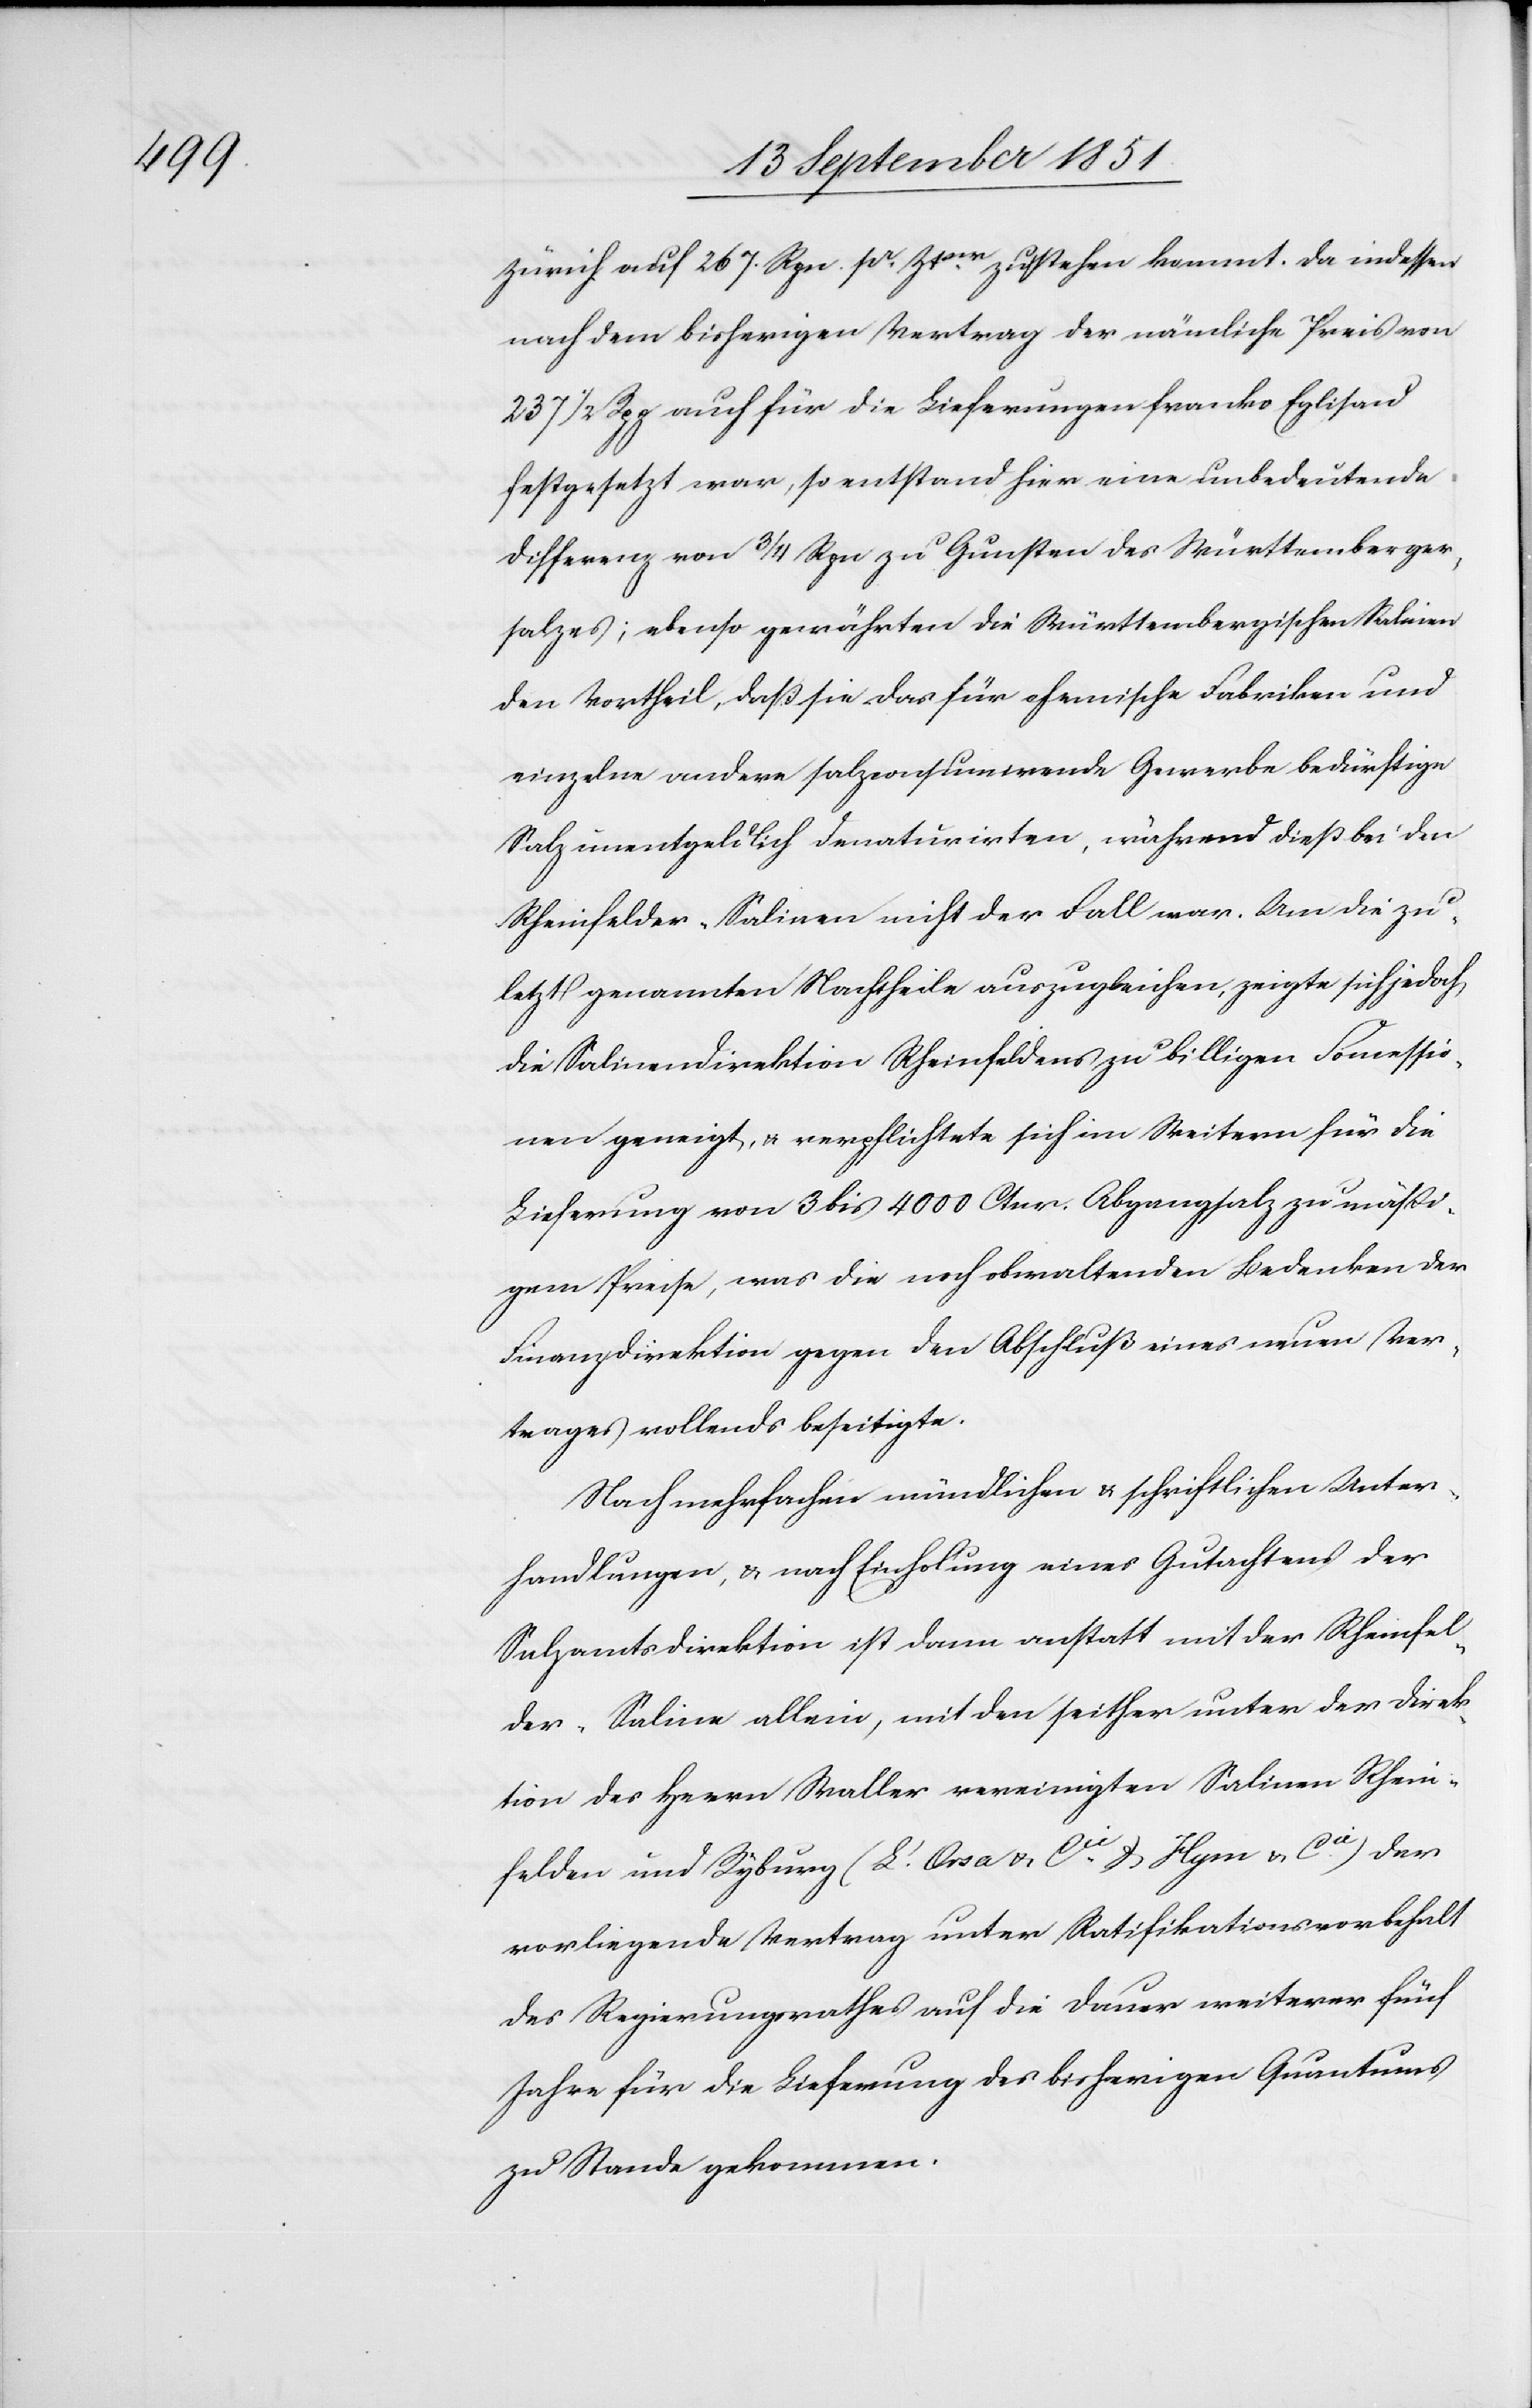
Zürich auf 267. Rpn. pr. Ztnr. zu stehen kommt. Da indessen
nach dem bisherigen Vertrag der nämliche Preis von
237 1/2 Rpp auch für die Lieferungen franko Eglisau
festgesetzt war, so entstand hier eine unbedeutende
Differenz von 3/4 Rpn zu Gunsten des Württemberger¬
salzes; ebenso gewährten die Württembergischen Salinen
den Vortheil, daß sie das für chemische Fabriken und
einzelne andere salzconsumirende Gewerbe bedürftige
Salz unentgeldlich denaturirten, während dieß bei den
Rheinfelder-Salinen nicht der Fall war. Um die zu¬
letzt genannten Nachtheile auszugleichen, zeigte sich jedoch
die Salinendirektion Rheinfeldens zu billigen Concessio¬
nen geneigt, & verpflichtete sich im Weitern für die
Lieferung von 3 bis 4000 Ctnr. Abgangsalz zu mäßi¬
gem Preise, was die noch obwaltenden Bedenken der
Finanzdirektion gegen den Abschluß eines neuen Ver¬
trages vollends beseitigte.
Nach mehrfachen mündlichen & schriftlichen Unter¬
handlungen, & nach Einholung eines Gutachtens der
Salzamtsdirektion ist dann anstatt mit der Rheinfel¬
der-Saline allein, mit den seither unter der Direk¬
tion des Herrn Waller vereinigten Salinen Rhein¬
felden und Ryburg (L. Orsa & Cie. & Kym & Cie.) der
vorliegende Vertrag unter Ratifikationsvorbehalt
des Regierungsrathes auf die Dauer weiterer fünf
Jahre für die Lieferung des bisherigen Quantums
zu Stande gekommen.